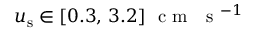
u _ { \mathrm { s } } \in [ 0 . 3 , \, 3 . 2 ] ~ \textrm { c m } ~ \textrm { s } ^ { - 1 }